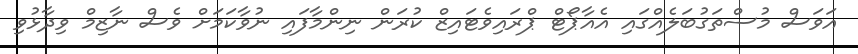
އަވަސް މުސްތަގުބަލެއްގައި އެއާޕޯޓް ޕްރައިވެޓައިޒް ކުރަން ނިންމާފައި ނުވާކަމަށް ވެސް ނާޒިމް ވިދާޅުވި